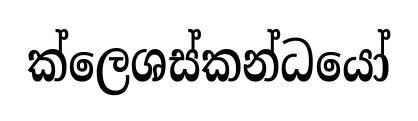
ක්ලෙශස්කන්ධයෝ